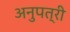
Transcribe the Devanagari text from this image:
अनुपत्री